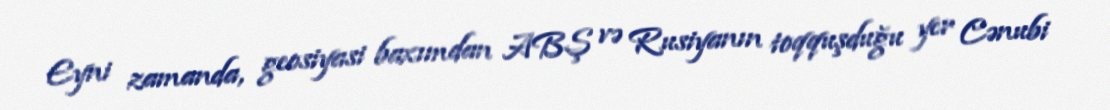
Eyni zamanda, geosiyasi baxımdan ABŞ və Rusiyanın toqquşduğu yer Cənubi